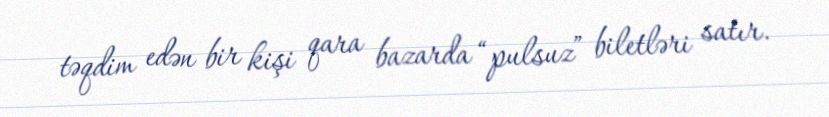
təqdim edən bir kişi qara bazarda “pulsuz” biletləri satır.